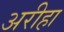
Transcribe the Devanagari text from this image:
अरीहा